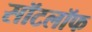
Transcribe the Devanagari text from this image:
सॉटलॉफ